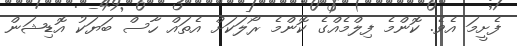
ފެށީމަ އެވެ. ކޮންމެ ފިލްމެއްގެ ކޮންމެ ރޯލަކަށް އެތައް ހާސް ބަޔަކު އޮޑިޝަން